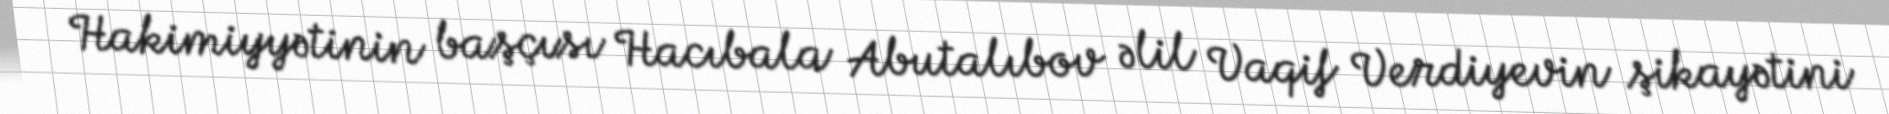
Hakimiyyətinin başçısı Hacıbala Abutalıbov əlil Vaqif Verdiyevin şikayətini